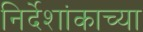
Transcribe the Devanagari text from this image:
निर्देशांकाच्या